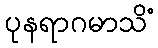
ပုနရာဂမာသိံ